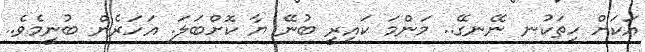
އަކަށް ހިތަކުނ ނޭނގޭ.. މަންމަ ކައިރީ ބުނޭ ޔާ ކޮށްބަލަ. އަހަރެން ބުނީމެވެ..